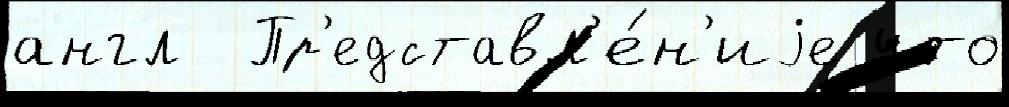
англ  Пр'едставл'е́н'иjе что